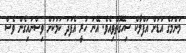
މަންމަގެ އަޑަށް އަފްލާކް ސިހޭގޮތްވިއެވެ. އޭނަ ހުރީ އެފަދަ ކަމަކަށް ވިސްނައިގެން ވެސް